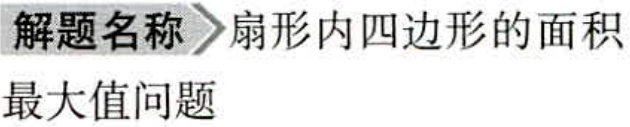
\begin{解题名称}扇形内四边形的面积最大值问题\end{解题名称}